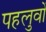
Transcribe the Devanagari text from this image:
पहलुवों